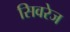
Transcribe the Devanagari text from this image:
सिवरेज